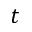
t